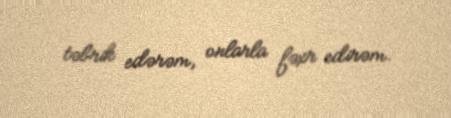
təbrik edərəm, onlarla fəxr edirəm.